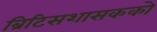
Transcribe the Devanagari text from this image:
ब्रिटिसशासकको